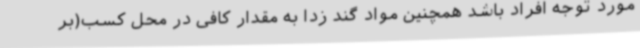
مورد توجه افراد باشد همچنین مواد گند زدا به مقدار کافی در محل کسب(بر